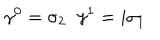
\gamma ^ { 0 } = \sigma _ { 2 } \; \; \gamma ^ { 1 } = i \sigma _ { 1 }